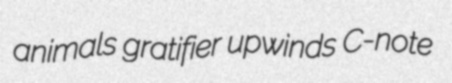
animals gratifier upwinds C-note